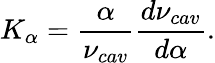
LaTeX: K_{\alpha}=\frac{\alpha}{\nu_{cav}}\frac{d\nu_{cav}}{d\alpha}.